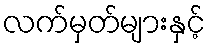
လက်မှတ်များနှင့်